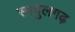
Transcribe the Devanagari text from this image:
सादुलगढ़